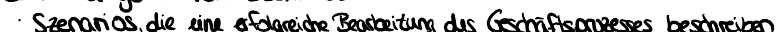
Szenarios, die eine erfolgreiche Bearbeitung des Geschäftsprozesses beschreiben